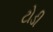
ટોડી